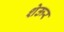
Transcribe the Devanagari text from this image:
शेऊर